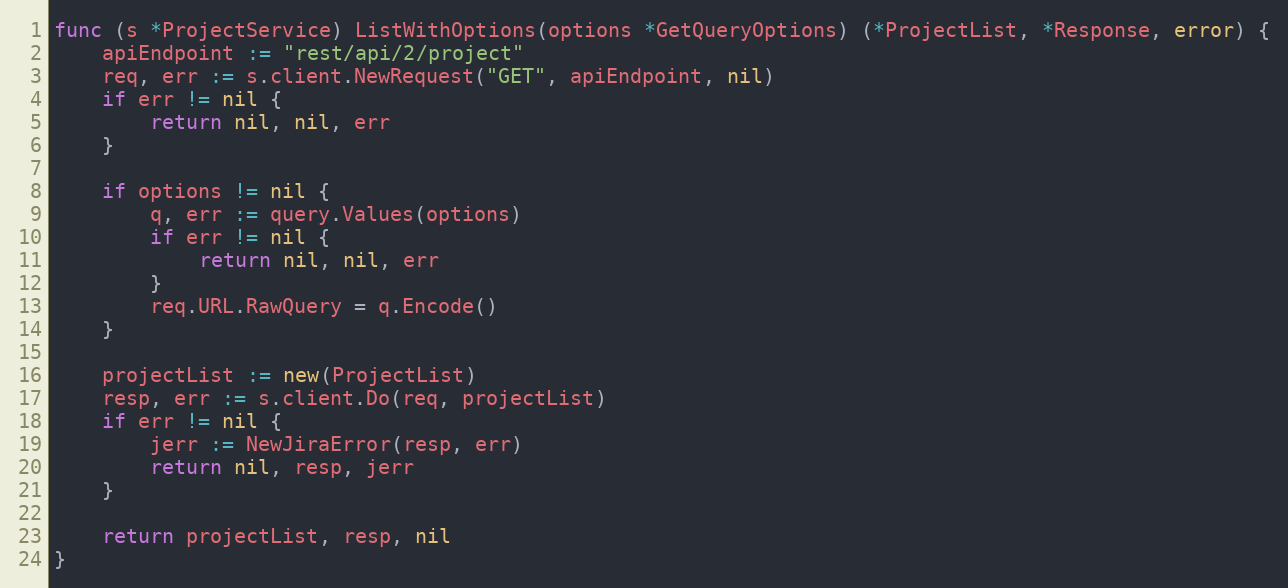
Language: Go
func (s *ProjectService) ListWithOptions(options *GetQueryOptions) (*ProjectList, *Response, error) {
	apiEndpoint := "rest/api/2/project"
	req, err := s.client.NewRequest("GET", apiEndpoint, nil)
	if err != nil {
		return nil, nil, err
	}

	if options != nil {
		q, err := query.Values(options)
		if err != nil {
			return nil, nil, err
		}
		req.URL.RawQuery = q.Encode()
	}

	projectList := new(ProjectList)
	resp, err := s.client.Do(req, projectList)
	if err != nil {
		jerr := NewJiraError(resp, err)
		return nil, resp, jerr
	}

	return projectList, resp, nil
}